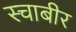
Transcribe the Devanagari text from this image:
स्चाबीर